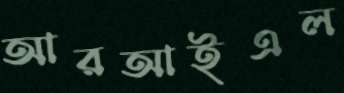
আরআইএল